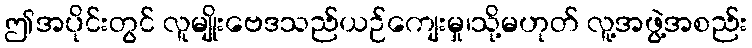
ဤအပိုင်းတွင် လူမျိုးဗေဒသည်ယဉ်ကျေးမှု၊သို့မဟုတ် လူ့အဖွဲ့အစည်း